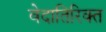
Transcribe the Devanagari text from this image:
वेदातिरिक्त